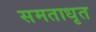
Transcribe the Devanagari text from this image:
समताधृत